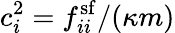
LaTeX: c_{i}^{2}=f_{ii}^{\mathrm{sf}}/(\kappa m)